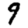
Digit: 9